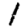
Digit: 1